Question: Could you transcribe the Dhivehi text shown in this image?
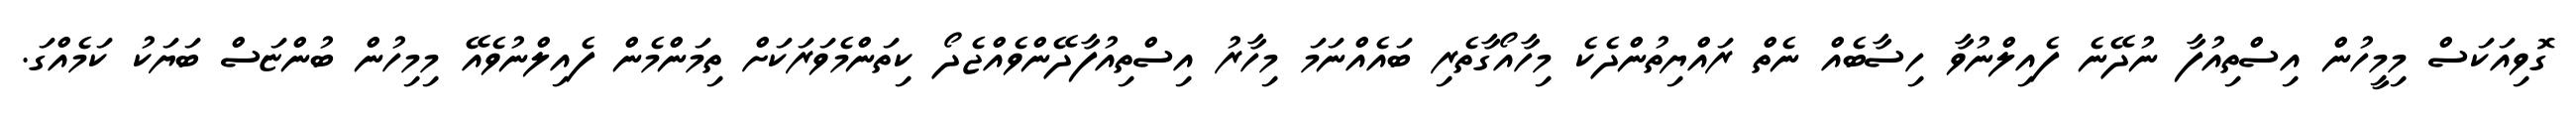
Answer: ގޮވިއަކަސް މިމީހުން އިސްތިއުފާ ނުދޭނެ ފެއިލްނުވާ ހިސާބެއް ނެތް ރައްޔިތުންދެކެ މިހާއޯގާތެރި ބައެއްނަމަ މިހާރު އިސްތިއުފާދޭންވެއްޖެދޯ ކިތަންމެވަރަކަށް ތިމަންމެން ފެއިލްނުވެއޭ މިމިހުން ބުންޏަސް ބަޔަކު ކަމެއްގަ.